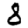
Digit: 3